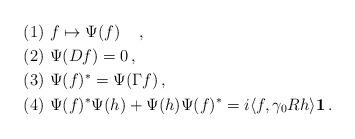
LaTeX: \begin{align*} (1) & \ f \mapsto \Psi(f) \ \ \ \,, \\ (2) & \ \Psi(D f) = 0\,, \\ (3) & \ \Psi(f)^* = \Psi(\Gamma f) \,, \\ (4) & \ \Psi(f)^*\Psi(h) + \Psi(h)\Psi(f)^* = i\langle f ,\gamma_0 R h \rangle {\bf 1} \,.\end{align*}